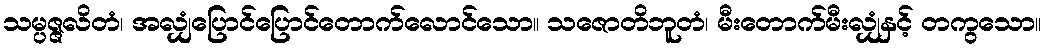
သမ္ပဇ္ဇလိတံ၊ အလျှံပြောင်ပြောင်တောက်လောင်သော။ သဇောတိဘူတံ၊ မီးတောက်မီးလျှံနှင့် တကွသော။